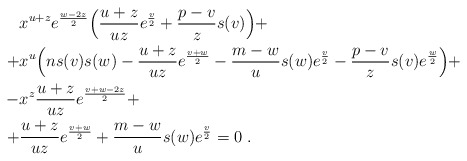
\begin{align*}&x^{u+z} e^{w-2z\over2}\Big({u+z\over uz} e^{v\over2}+{p-v\over z}s(v)\Big)+ \cr+&x^{u}\Big(ns(v)s(w)-{u+z\over uz}e^{v+w\over2}-{m-w\over u}s(w)e^{v\over2}-{p-v\over z} s(v) e^{w\over2}\Big)+ \cr-&x^{z} {u+z\over uz}e^{v+w-2z\over2} + \cr+&{u+z\over uz}e^{v+w\over2}+{m-w\over u}s(w) e^{v\over2}=0 \ .\end{align*}